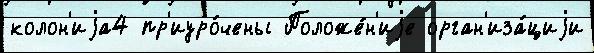
колон'иjа4 пр'иуро́чены Положе́н'иjе орган'иза́циjи